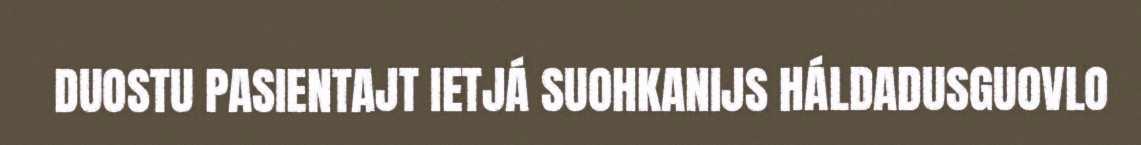
DUOSTU PASIENTAJT IETJÁ SUOHKANIJS HÁLDADUSGUOVLO